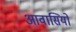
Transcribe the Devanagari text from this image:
आवासियों